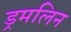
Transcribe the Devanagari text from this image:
ड्रमलिन